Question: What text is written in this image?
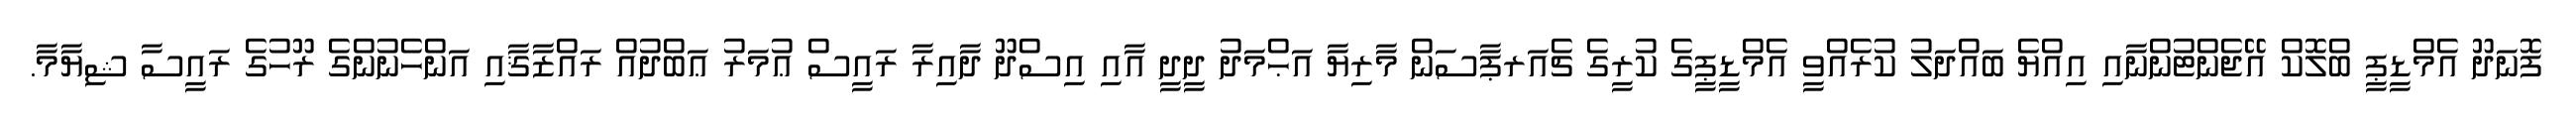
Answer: ފޮނަދޫ އެމްޑީޕީ ބްލޮކް އޭޖެންޓުންނާއި އިއްޔެ ބައްދަލު ކުރެއްވީ އެމްޑީޕީގެ ކުރީގެ ޗެއަރޕާސަން މާރިޔާ އަޙްމަދު ދީދީ އާއި އިސްދޫ ދާއިރާ ރައީސް ޢުމަރު ޢަބްދުއް ރައްޒާޤާއި އަންހެނުންގެ ރޫހުގެ ރައީސާ ޝިޔާމާ.